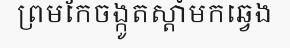
ព្រមកែចង្កូតស្តាំមកឆ្វេង